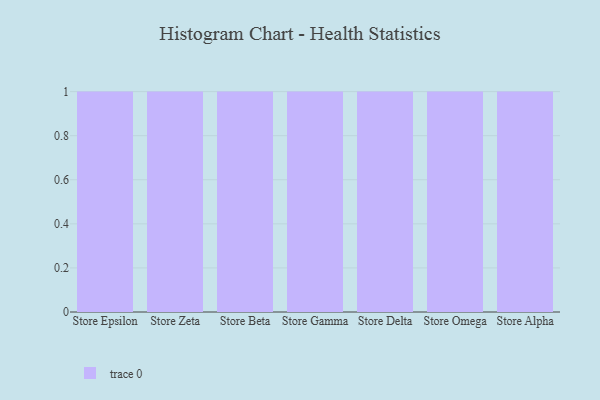
{"axis": {"x": "Store", "y": "Inventory Turnover"}, "legend": [""], "data": [{"x": "Store Epsilon", "y": 52, "type": ""}, {"x": "Store Zeta", "y": 50, "type": ""}, {"x": "Store Beta", "y": 51, "type": ""}, {"x": "Store Gamma", "y": 80, "type": ""}, {"x": "Store Delta", "y": 9, "type": ""}, {"x": "Store Omega", "y": 82, "type": ""}, {"x": "Store Alpha", "y": 66, "type": ""}]}